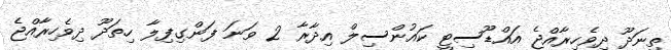
ތިނަދޫ ދިވެހިރާއްޖެ އައްޑޫސިޓީ ކައުންސިލް އިދާރާ 2 ވަނަ ފަންގިފިލާ ހިތަދޫ ދިވެހިރާއްޖެ